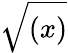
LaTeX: \sqrt{(x)}